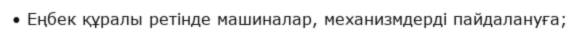
• Еңбек құралы ретінде машиналар, механизмдерді пайдалануға;